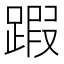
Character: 䠍